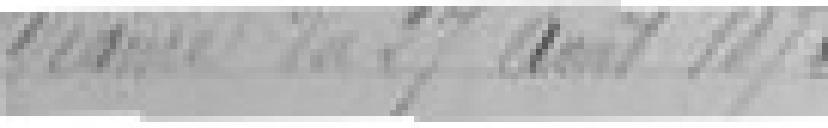
Séance du 27 août 1875